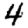
Digit: 4